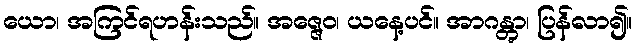
ယော၊ အကြင်ရဟန်းသည်။ အဇ္ဇေဝ၊ ယနေ့ပင်။ အာဂန္တွာ၊ ပြန်လာ၍။